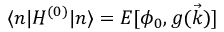
\langle n | H ^ { ( 0 ) } | n \rangle = E [ \phi _ { 0 } , g ( \vec { k } ) ]